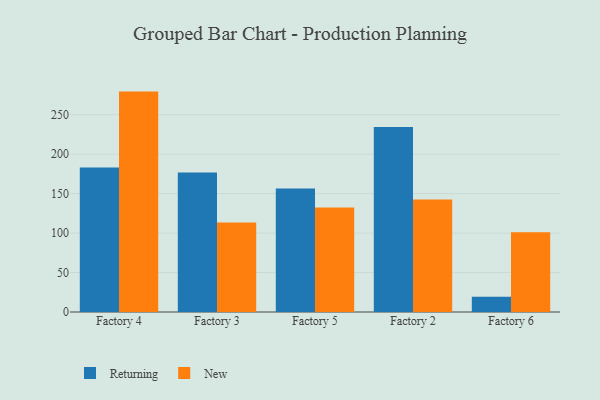
{"axis": {"x": "Factory", "y": "Website Visitors"}, "legend": ["New", "Returning"], "data": [{"x": "Factory 4", "y": 183.2, "type": "Returning"}, {"x": "Factory 4", "y": 279.3, "type": "New"}, {"x": "Factory 3", "y": 176.9, "type": "Returning"}, {"x": "Factory 3", "y": 113.5, "type": "New"}, {"x": "Factory 5", "y": 156.4, "type": "Returning"}, {"x": "Factory 5", "y": 132.4, "type": "New"}, {"x": "Factory 2", "y": 234.4, "type": "Returning"}, {"x": "Factory 2", "y": 142.5, "type": "New"}, {"x": "Factory 6", "y": 19.3, "type": "Returning"}, {"x": "Factory 6", "y": 101.0, "type": "New"}]}